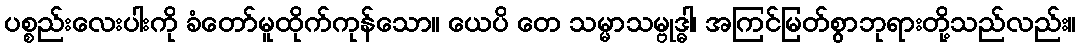
ပစ္စည်းလေးပါးကို ခံတော်မူထိုက်ကုန်သော။ ယေပိ တေ သမ္မာသမ္ဗုဒ္ဓါ၊ အကြင်မြတ်စွာဘုရားတို့သည်လည်း။